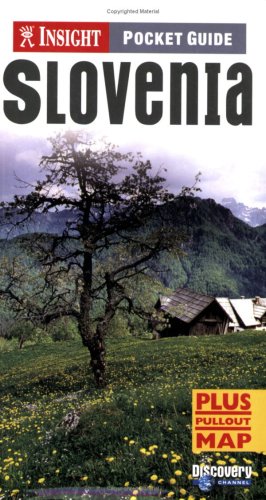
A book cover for Slovenia Insight Pocket Guide (Insight Pocket Guides); *             ; Travel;